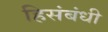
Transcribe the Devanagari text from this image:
हिसंबंधी